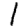
Digit: 1